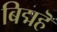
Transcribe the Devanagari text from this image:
बिद्महॆ